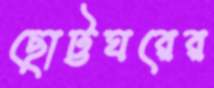
ছোট্টঘরের